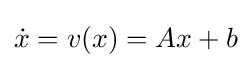
{\dot {x}}=v(x)=Ax+b